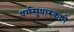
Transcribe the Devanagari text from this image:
धर्मसुधारकाने